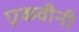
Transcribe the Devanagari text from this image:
एकवीनी